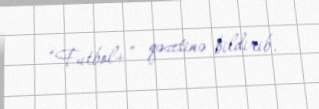
“Futbol+” qəzetinə bildirib.